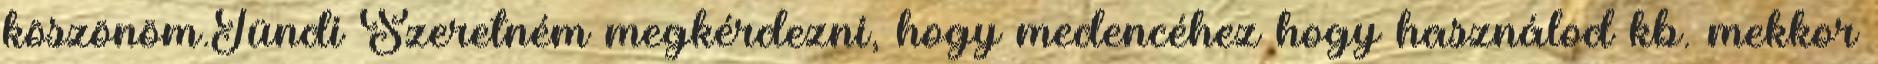
köszönöm.Tündi Szeretném megkérdezni, hogy medencéhez hogy használod kb. mekkor